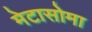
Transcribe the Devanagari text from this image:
मेटासोमा